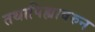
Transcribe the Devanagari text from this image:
तथापिह्यावरुन